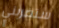
ستضربني